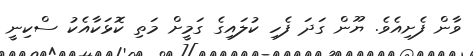
ވާން ފެށިއެވެ. ޔޫން ގަދަ ފެހި ކުލައިގެ ގަމީށް މަތި ކޮޅަކާއެކު ސްކިނީ